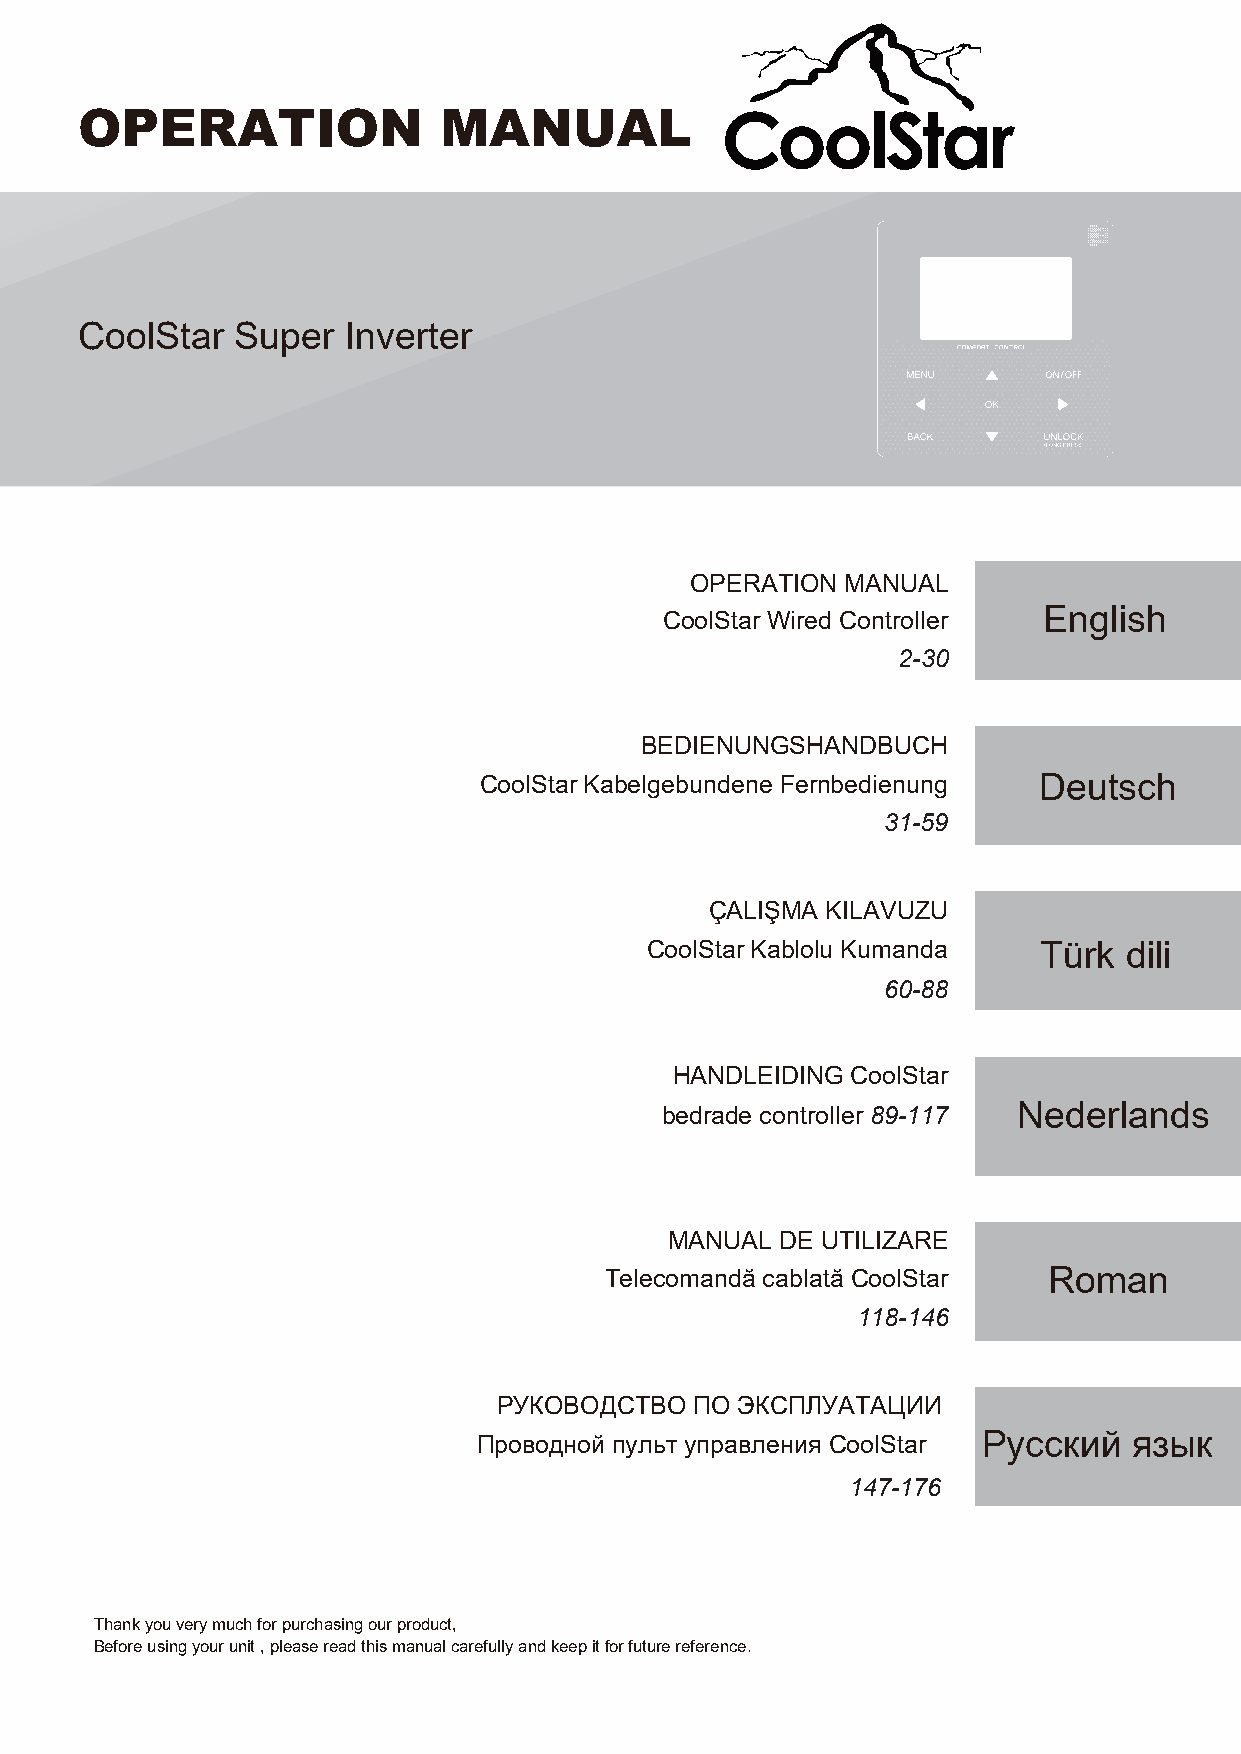
OPERATION               MANUAL
 CoolStar   Super  Inverter
 OPERATION MANUAL
 CoolStar Wired Controller English
 2-30
 BEDIENUNGSHANDBUCH
 CoolStar Kabelgebundene Fernbedienung Deutsch
 31-59
 ÇALIŞMA KILAVUZU
 CoolStar Kablolu Kumanda  Türk dili
 60-88
 HANDLEIDING CoolStar
 bedrade controller 89-117 Nederlands
 MANUAL  DE UTILIZARE
 Telecomandă cablată CoolStar Roman
 118-146
 РУКОВОДСТВО  ПО ЭКСПЛУАТАЦИИ
 Проводной пульт управления CoolStar Pусский язык
 147-176
 Thank you very much for purchasing our product,
 Before using your unit , please read this manual carefully and keep it for future reference.